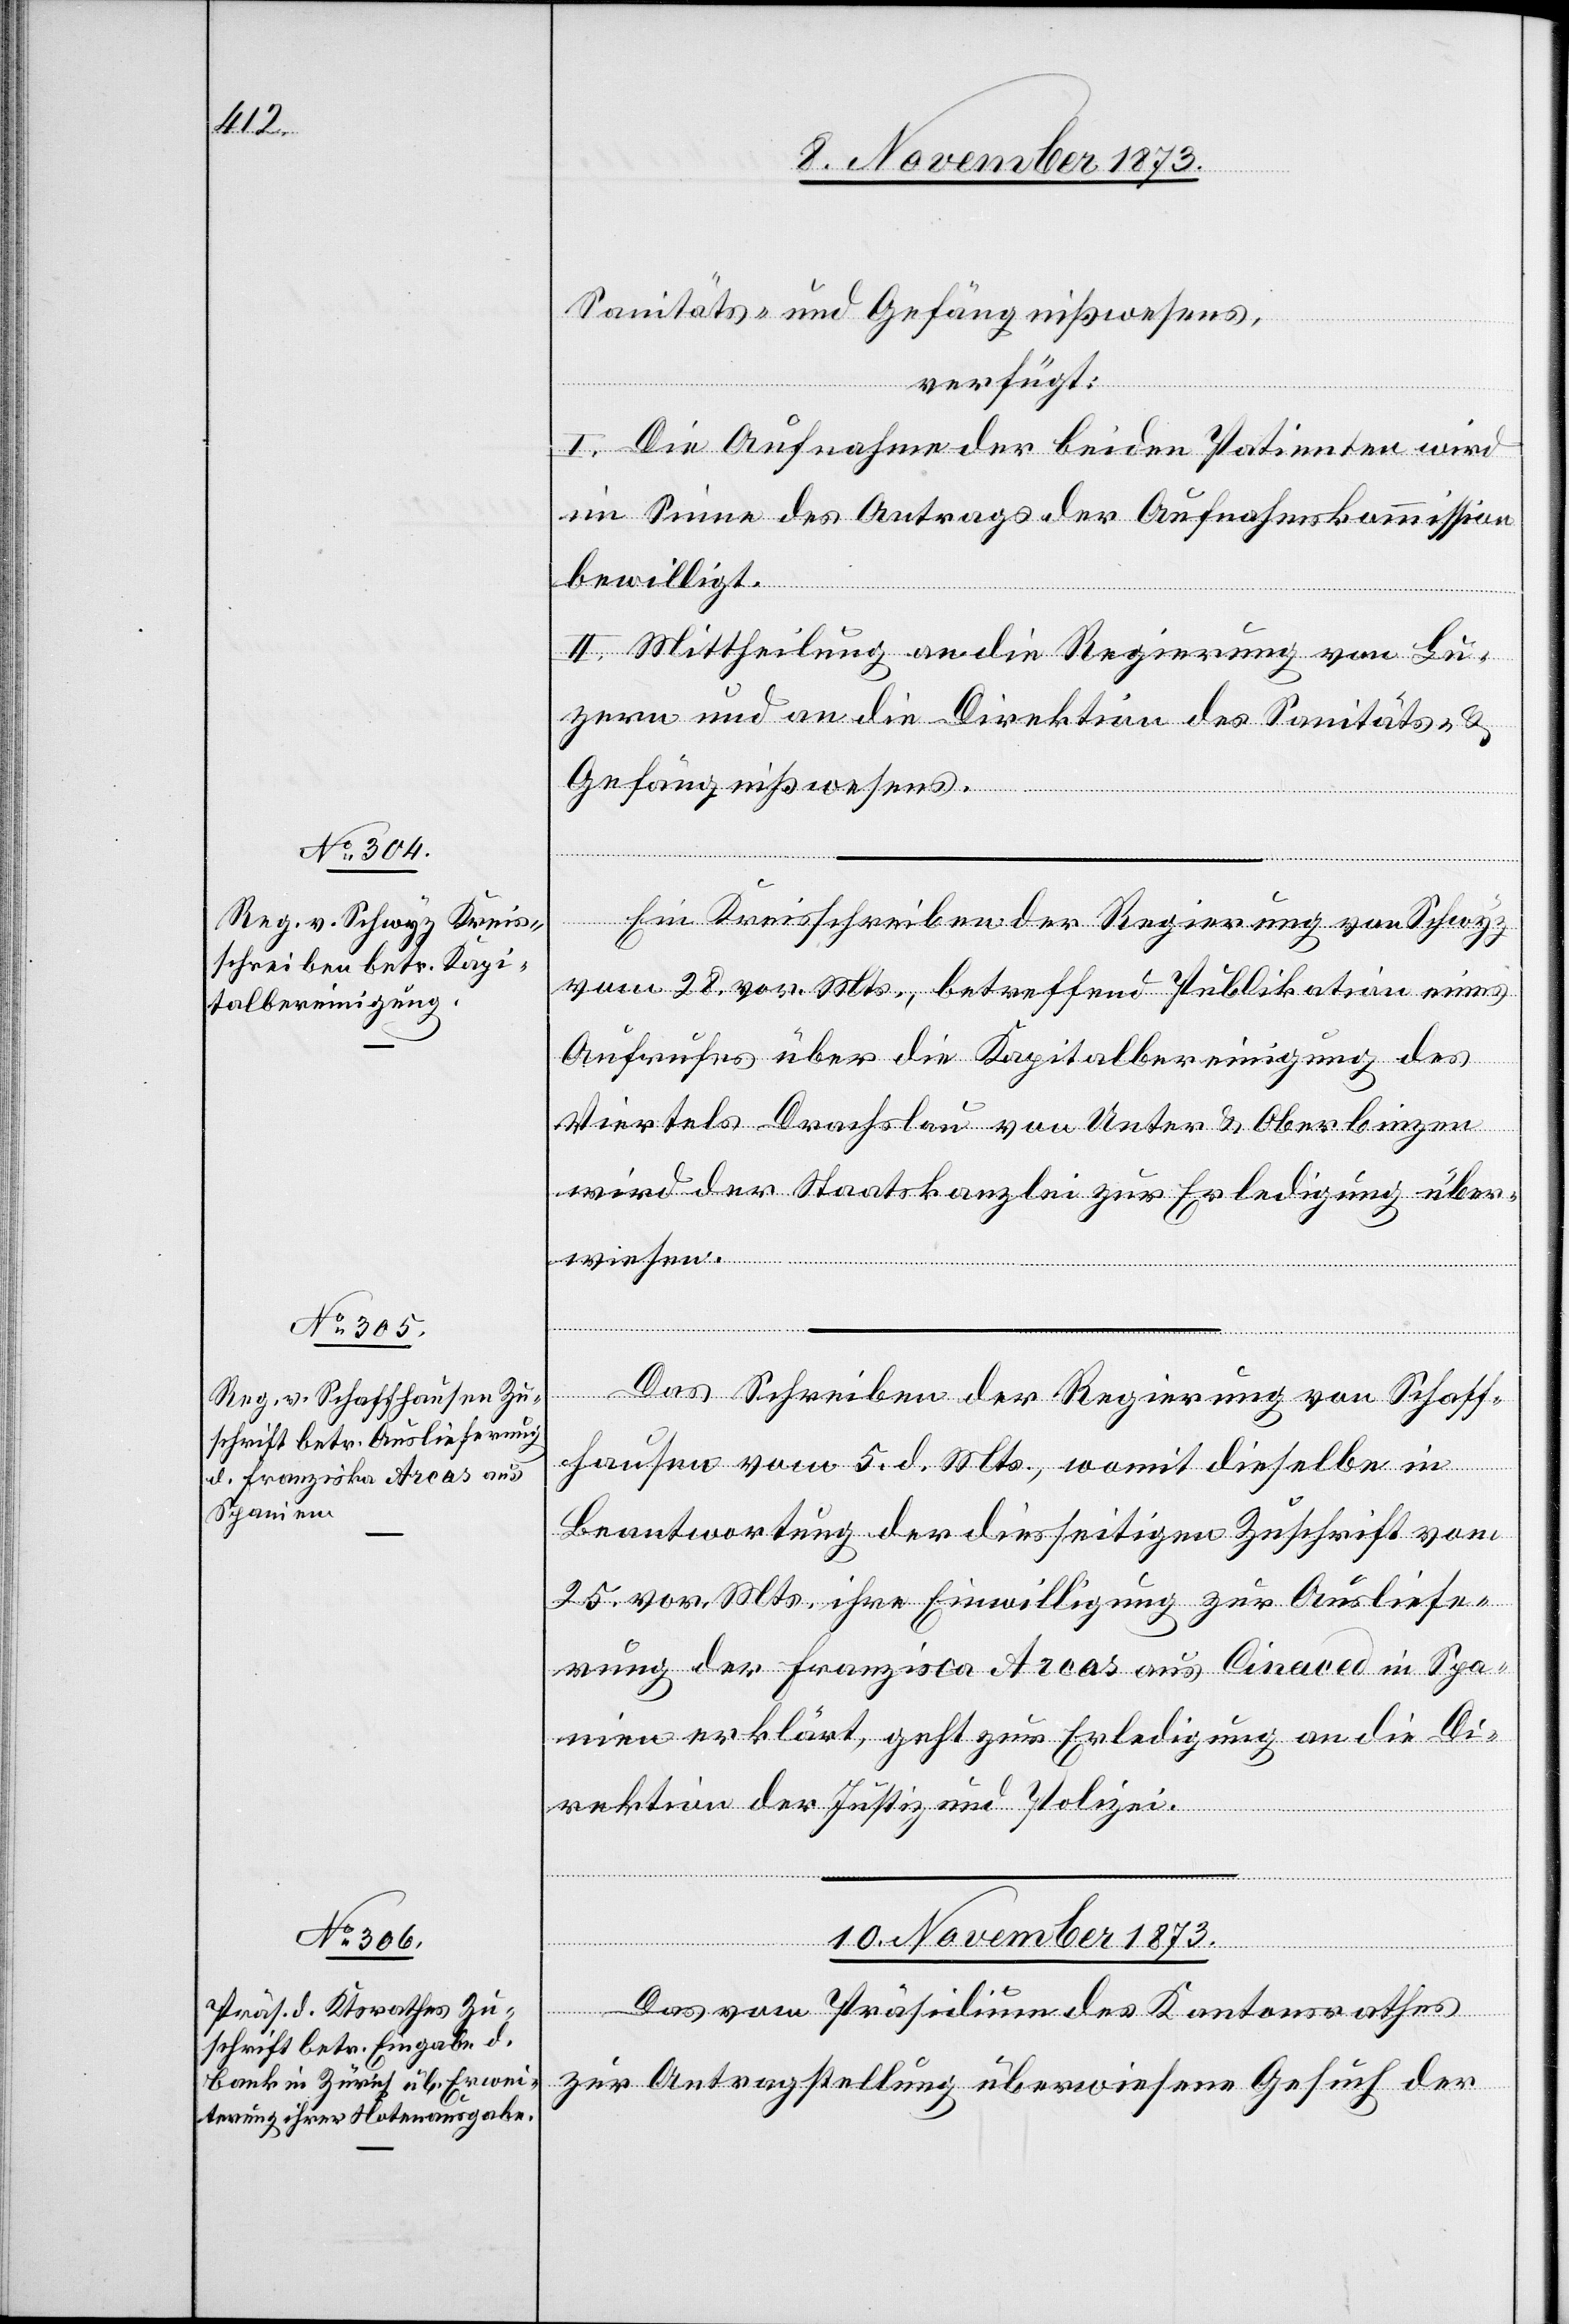
8. November 1873.]
Sanitäts- und Gefängnißwesens,
verfügt:
I. Die Aufnahme der beiden Patienten wird
im Sinne des Antrags der Aufnahmskommission
bewilligt.
II. Mittheilung an die Regierung von Lu¬
zern und an die Direktion des Sanitäts- &
Gefängnißwesens.
s Schreiben der Regierung von Schaf¬
vom 28. vor. Mts., betreffend Publikation eines
Aufrufes über die Kapitalbereinigung des
Viertels Drachslau von Unter & Oberbinzen
wird der Staatskanzlei zur Erledigung über¬
wiesen.
fhausen vom 5. d. Mts., womit dieselbe in
Beantwortung der diesseitigen Zuschrift vom
25. vor. Mts. ihre Einwilligung zur Ausliefe¬
rung der Franzisca [sic!] Arcas aus Cinaced in Spa¬
nien erklärt, geht zur Erledigung an die Di¬
rektion der Justiz und Polizei.
Da¬
10. November 1873.
Das vom Präsidium des Kantonsrathes
zur Antragstellung überwiesene Gesuch der